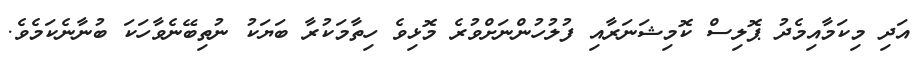
އަދި މިކަމާއިމެދު ޕޮލިސް ކޮމިޝަނަރާއި ފުލުހުންނަށްވުރެ މޮޅިވެ ހިތާމަކުރާ ބަޔަކު ނުތިބޭނެވާހަކަ ބުނާނެކަމެވެ.